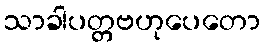
သာခါပတ္တဗဟုပေတော